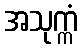
အသုက္ကံ